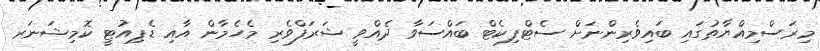
މިރަސްމިއްޔާތުގައި ބައިވެރިންނަށް ސެޓްފިކެޓް ބައްސަވާ ދެއްވީ ޝަރަފްވެރި މެހެމާން އާއި ޑެޕިއުޓީ ކޮމިޝަނަރ